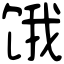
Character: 饿